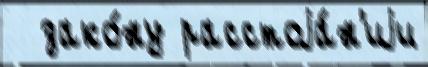
  зако́ну расстоjа́н'иjи